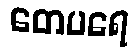
တေပရေ